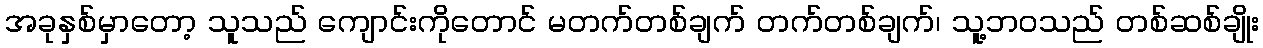
အခုနှစ်မှာတော့ သူသည် ကျောင်းကိုတောင် မတက်တစ်ချက် တက်တစ်ချက်၊ သူ့ဘဝသည် တစ်ဆစ်ချိုး